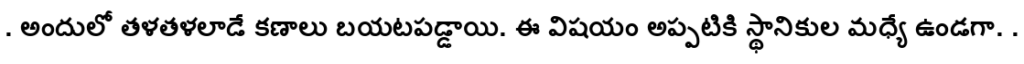
. అందులో తళతళలాడే కణాలు బయటపడ్డాయి. ఈ విషయం అప్పటికి స్థానికుల మధ్యే ఉండగా. .